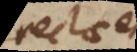
rectae esse